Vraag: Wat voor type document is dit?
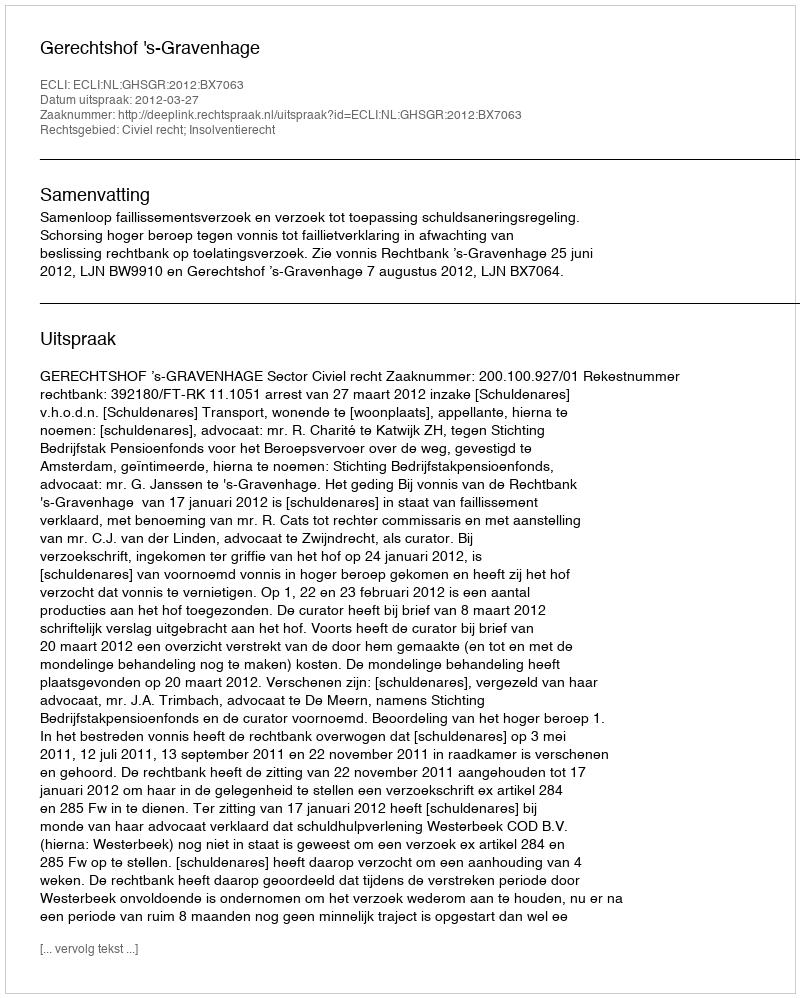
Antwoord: Uitspraak